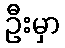
ဦးမှာ